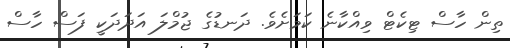
ތިން ހާސް ޓިކެޓް ވިއްކާނެ ކަމަށެވެ. ދަނޑުގެ ޖުމްލަ އަދަދަކީ ފަސް ހާސް